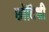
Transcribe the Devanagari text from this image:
छोटिशी